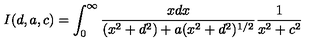
I ( d , a , c ) = \int _ { 0 } ^ { \infty } { \frac { x d x } { ( x ^ { 2 } + d ^ { 2 } ) + a ( x ^ { 2 } + d ^ { 2 } ) ^ { 1 / 2 } } } { \frac { 1 } { x ^ { 2 } + c ^ { 2 } } }